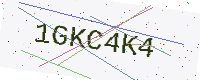
Text: 1GKC4K4